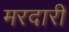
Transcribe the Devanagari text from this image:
मरदारी